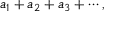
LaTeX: a _ { 1 } + a _ { 2 } + a _ { 3 } + \cdots ,